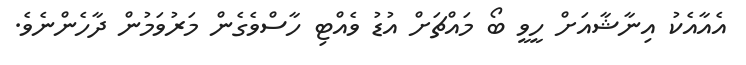
އެއާއެކު އިނާޝާއަށް ހީވީ ބޯ މައްޗަށް އުޑު ވެއްޓި ހާސްވެގެން މަރުވަމުން ދާހެންނެވެ.